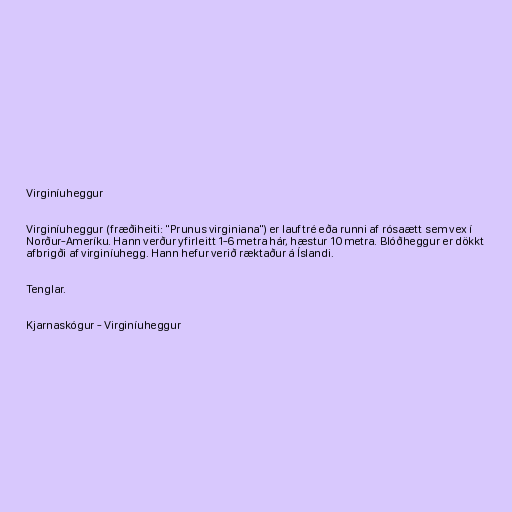
Virginíuheggur

Virginíuheggur (fræðiheiti: "Prunus virginiana") er lauftré eða runni af rósaætt sem vex í
Norður-Ameríku. Hann verður yfirleitt 1-6 metra hár, hæstur 10 metra. Blóðheggur er dökkt
afbrigði af virginíuhegg. Hann hefur verið ræktaður á Íslandi.

Tenglar.

Kjarnaskógur - Virginíuheggur